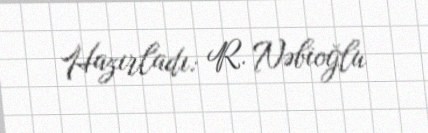
Hazırladı: R. Nəbioğlu